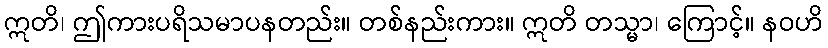
ဣတိ၊ ဤကားပရိသမာပနတည်း။ တစ်နည်းကား။ ဣတိ တသ္မာ၊ ကြောင့်။ နဝဟိ